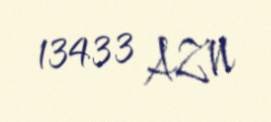
13433 AZN